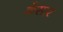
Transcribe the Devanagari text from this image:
कँसार